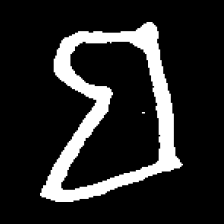
Pyu character \u2014 Myanmar letter: ဗ (romanized: ba)